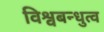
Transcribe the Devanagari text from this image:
विश्वबन्धुत्व